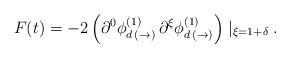
LaTeX: \begin{align*}F(t) = -2 \left( \partial^{0} \phi^{(1)}_{d \, (\rightarrow)} \, \partial^{\xi}\phi^{(1)}_{d \, (\rightarrow)} \right) \mid_{\xi = 1 + \delta}.\end{align*}